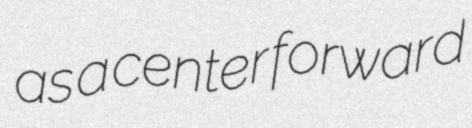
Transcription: as a center forward